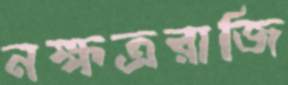
নক্ষত্ররাজি